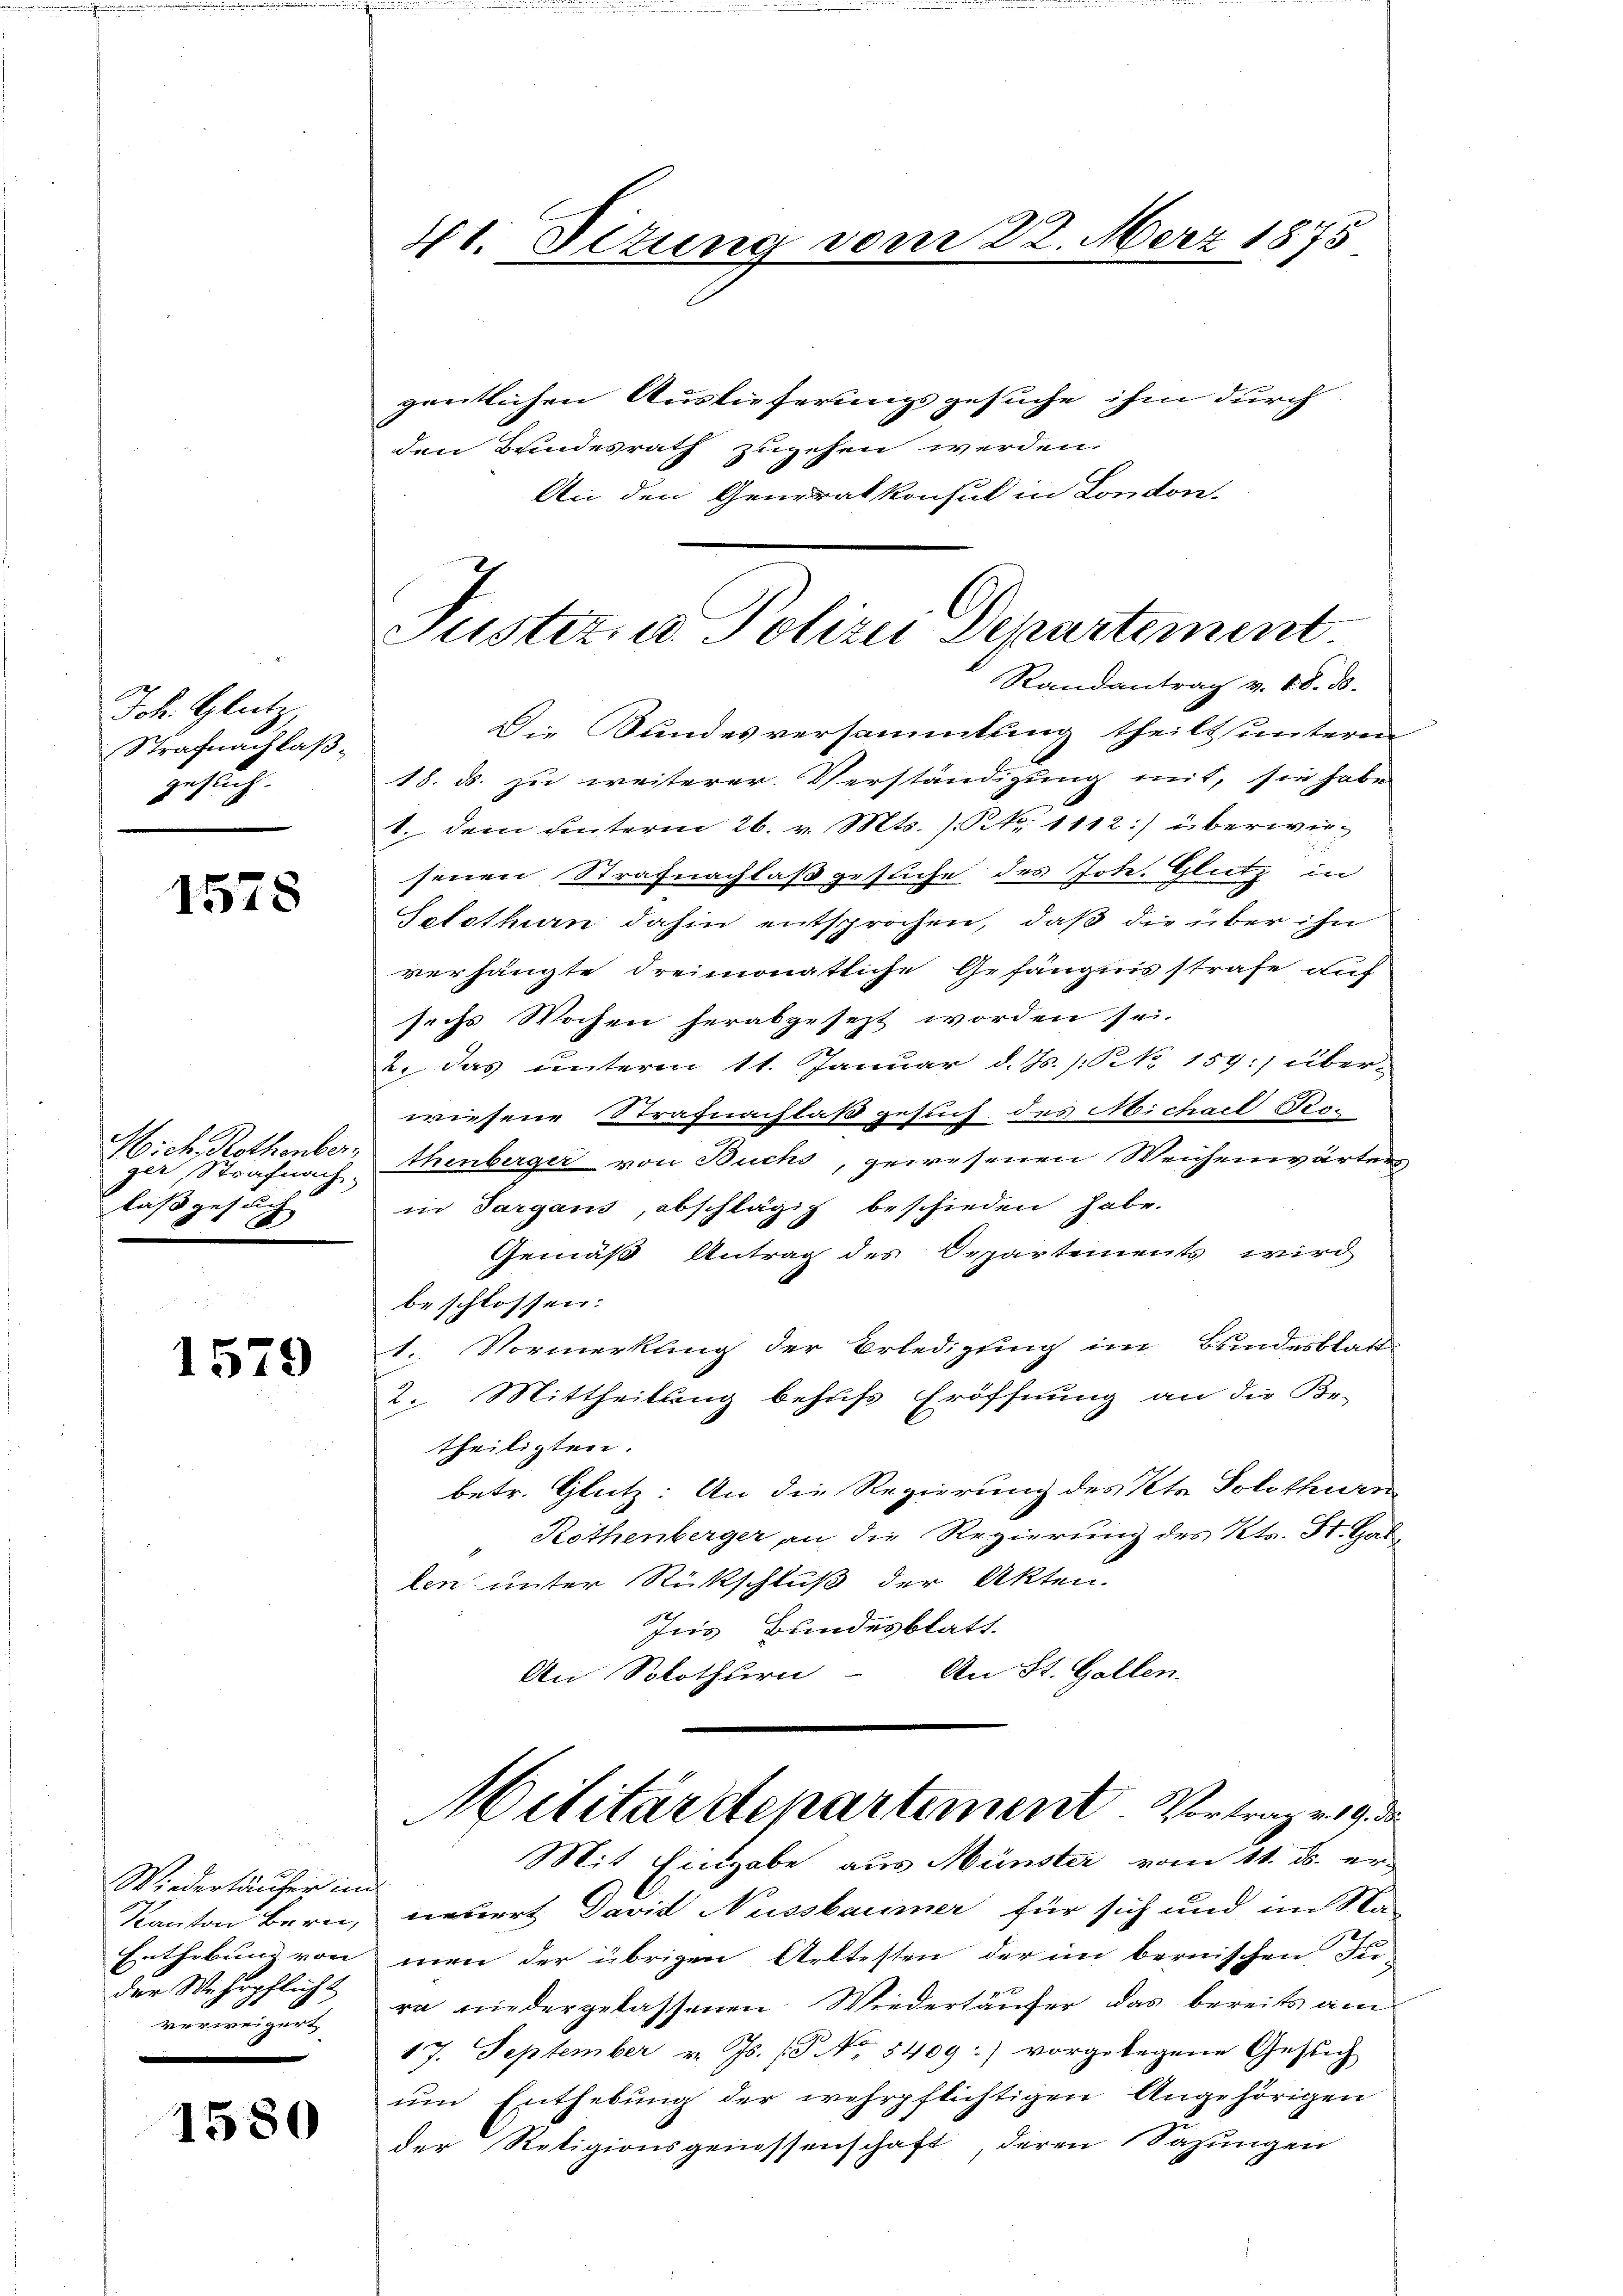
Joh. Glutz
Strafungslaßgesuch.

1578

Mich. Rothenber,
ger, Strafnach.
laß gesuch
A

1579

Wiedertäufer in
Kanton Bern,
Enthebung von
der Wehrpflicht
verweigert,

1580

41. Dezung vom 22. März 1875

Justiz, u. Polizei Departement
Randantrag v. 18. d.

gentlichen Auslieferungsgesuche ihm durch
den Bundesrath zugehen werden.
An den Generalkonsul in London-
Die Kundesversammlung theils unteren
18. ds. zu weiterer Verständigung mit, sie habe
1. dem unterm 26. v. Mts. (NNr. 1112) überwiesenen Strafnachlaß gesuche des Joh. Glutz in
Solothurn dahin entsprochen, daß die über ihn
verhängte dreimonatliche Gefängnisstrafe auf
sechs Wochen herabgesezt worden sei.
2. das unterm 11. Januar d. Js. s. No. 159.) überwiesene Strafnachlaß gesuch des Michael Per-
thenberger von Buchs, gewesenen Weichenwärters
in Sargaus, abschlägig beschieden habe.
Gemäß Antrag des Departements wird
beschlossen:
1. Vormerkling der Erledigung im Bundesblatt
2. Mittheilung behufs Eröffnung an die Be-
theiligten.
betr. Glutz: An die Regierung des Kt. Solothurn
Rothenberger an die Regierung des Kts. St. Gallen unter Rückschluß der Akten.
Ins Bundesblatt.
An St. Gallen.
An Solothurn

Militärdepartement Vortrage 19. de
Mit Eingabe aus Münster vom 11. d. er-

neuert David Nussbaumer für sich und im Na-
men der übrigen Attesten der im bernischen Fr.
ra niedergelassenen Wiedertäufer das bereits am
17. September v. Js. (3. No. 5409:) vorgelegene Gesich
un Enthebung der wehrpflichtigen Angehörigen
der Religionsgenossenschaft, deren Sahungen